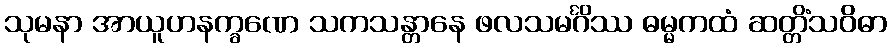
သုမနာ အာယူဟနက္ခဏေ သကသန္တာနေ ဖလသမင်္ဂိဿ ဓမ္မကထံ ဆတ္တိံသဝိဓာ